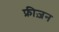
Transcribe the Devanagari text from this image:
फ्रीज़न